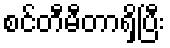
စင်တီမီတာရှိပြီး